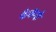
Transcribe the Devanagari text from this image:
फैकंदो